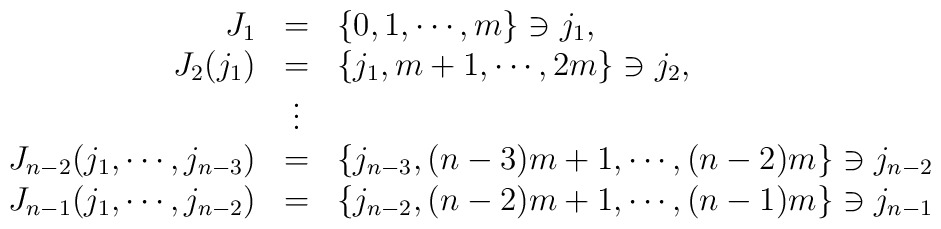
\begin{array}{rcl}J_1 & = & \{0, 1, \cdots , m \} \ni j_1, \\J_2 (j_1) & = & \{ j_1 , m+1, \cdots , 2m \} \ni j_2, \\& \vdots & \\J_{n-2} (j_1 , \cdots , j_{n-3} )& = & \{ j_{n-3}, (n-3)m+1, \cdots , (n-2)m \} \ni j_{n-2} \\J_{n-1} (j_1 , \cdots , j_{n-2} )& = & \{ j_{n-2}, (n-2)m+1, \cdots , (n-1)m \} \ni j_{n-1} \\\end{array}